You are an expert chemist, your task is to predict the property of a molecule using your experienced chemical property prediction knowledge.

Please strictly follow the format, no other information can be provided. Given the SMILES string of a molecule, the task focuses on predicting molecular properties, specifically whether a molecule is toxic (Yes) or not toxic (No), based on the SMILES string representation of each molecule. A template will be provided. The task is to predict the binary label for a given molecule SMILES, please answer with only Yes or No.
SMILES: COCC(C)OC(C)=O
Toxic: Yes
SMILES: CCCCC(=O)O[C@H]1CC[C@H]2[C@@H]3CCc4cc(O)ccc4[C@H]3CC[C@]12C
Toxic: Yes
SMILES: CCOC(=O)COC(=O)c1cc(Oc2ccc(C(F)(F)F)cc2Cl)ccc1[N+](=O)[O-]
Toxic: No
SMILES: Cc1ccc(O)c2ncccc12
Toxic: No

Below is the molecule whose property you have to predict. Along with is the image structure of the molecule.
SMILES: N=C1NC(=N)c2cc3ccccc3cc21
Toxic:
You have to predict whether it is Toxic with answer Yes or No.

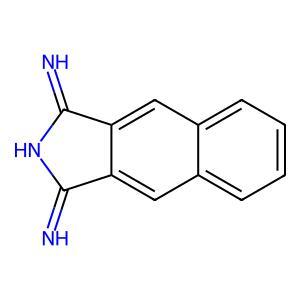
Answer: No